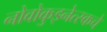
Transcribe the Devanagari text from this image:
नोवोकुझ्नेत्स्कचे